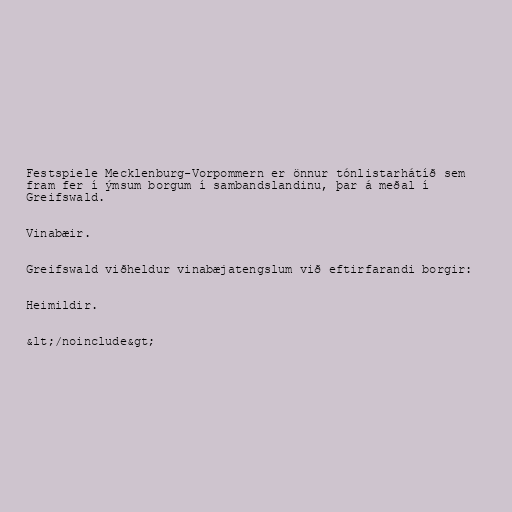
Festspiele Mecklenburg-Vorpommern er önnur tónlistarhátíð sem
fram fer í ýmsum borgum í sambandslandinu, þar á meðal í
Greifswald.

Vinabæir.

Greifswald viðheldur vinabæjatengslum við eftirfarandi borgir:

Heimildir.

&lt;/noinclude&gt;